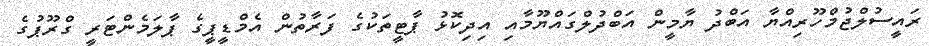
ރައީސުލްޖުމްހޫރިއްޔާ އަބްދު ޔާމީން އަބްދުލްގައްޔޫމާއި އިދިކޮޅު ޕާޓީތަކުގެ ފަރާތުން އެމްޑީޕީގެ ޕާލަމެންޓަރީ ގްރޫޕުގެ